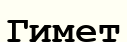
Гимет